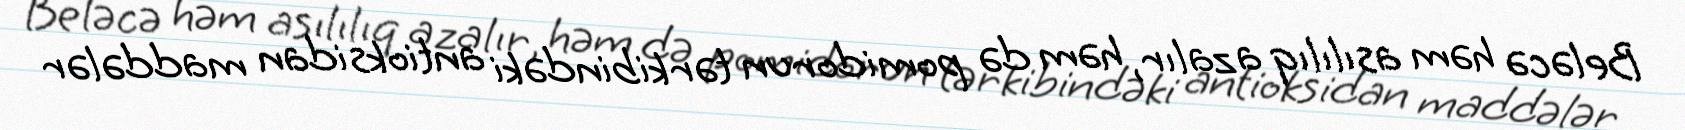
Beləcə həm asılılıq azalır, həm də pomidorun tərkibindəki antioksidan maddələr